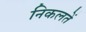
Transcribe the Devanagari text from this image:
निकलतें